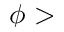
\phi >